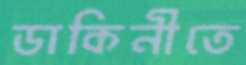
ডাকিনীতে